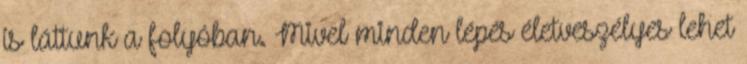
is láttunk a folyóban. Mivel minden lépés életveszélyes lehet